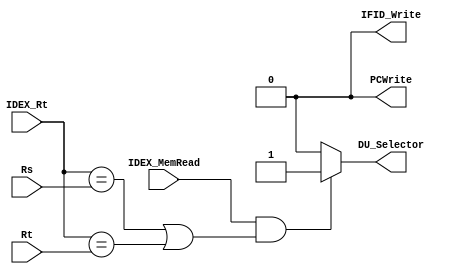
/******************************************************************
* Description
*	Hazard Detection Unit
* Author:
*	Sergio Chung/Daniel Barragan
* Date:
*	08/07/2017
******************************************************************/

module HazardUnit 
(
	input [4:0] Rs,
	input [4:0] Rt,
	input IDEX_MemRead,
	input [4:0] IDEX_Rt,
	output reg DU_Selector,
	output reg IFID_Write,
	output reg PCWrite
);


   always @ (Rs or Rt or IDEX_MemRead or IDEX_Rt)
     begin
		if(IDEX_MemRead && ((IDEX_Rt == Rs) || (IDEX_Rt == Rt)))
			begin
			DU_Selector = 1;
			IFID_Write = 1;
			PCWrite = 1;
			end
		else
			DU_Selector = 0;
			IFID_Write = 0;
			PCWrite = 0;
	  end 
	  
endmodule